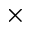
\times